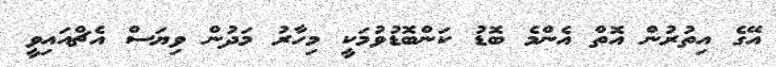
އޭގެ އިތުރުން އޮތް އެންމެ ބޮޑު ކަންބޮޑުވުމަކީ މިހާރު މަދުން ވިޔަސް އެޗްއައިވީ